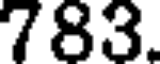
783.